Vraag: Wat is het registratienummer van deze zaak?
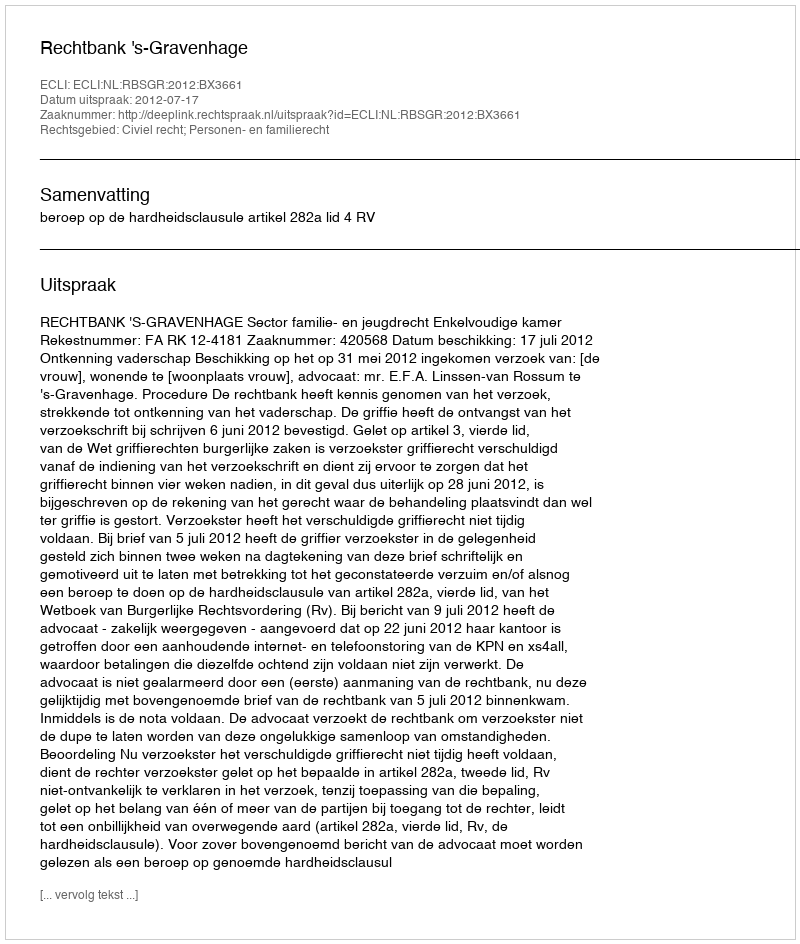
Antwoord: http://deeplink.rechtspraak.nl/uitspraak?id=ECLI:NL:RBSGR:2012:BX3661